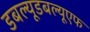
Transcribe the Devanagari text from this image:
डबल्यूडबल्यूएफ